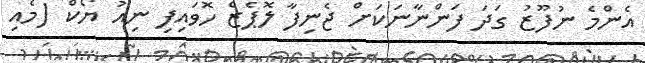
އެންމެ ނުފޫޒު ގަދަ ފަންނާނަކަށް ޖެނިފާ ލޮޕެޒް ހޮވައިފި ނިއު ޔޯކް (މެއި